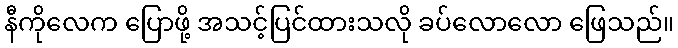
နီကိုလေက ပြောဖို့ အသင့်ပြင်ထားသလို ခပ်လောလော ဖြေသည်။